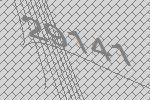
29141